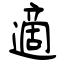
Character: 適